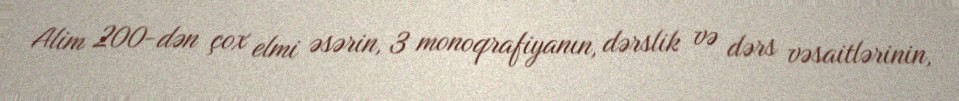
Alim 200-dən çox elmi əsərin, 3 monoqrafiyanın, dərslik və dərs vəsaitlərinin,